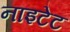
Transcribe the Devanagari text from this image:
नाइटेट